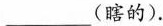
___(瞎的).